画像に写った文字を読んでください
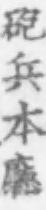
「砲兵本廳」と書いてあります